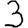
Digit: 3